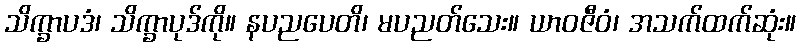
သိက္ခာပဒံ၊ သိက္ခာပုဒ်ကို။ နပညပေတိ၊ မပညတ်သေး။ ယာဝဇီဝံ၊ အသက်ထက်ဆုံး။